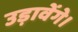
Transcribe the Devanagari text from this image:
उड़ावेंगे।